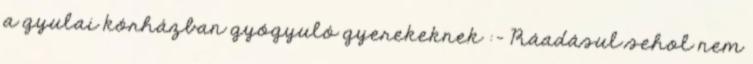
a gyulai kórházban gyógyuló gyerekeknek :- Ráadásul sehol nem